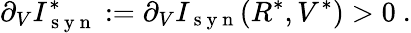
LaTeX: \partial_{V}I_{\mathrm{~s~y~n~}}^{*}:=\partial_{V}I_{\mathrm{~s~y~n~}}(R^{*},V^{*})>0\ .